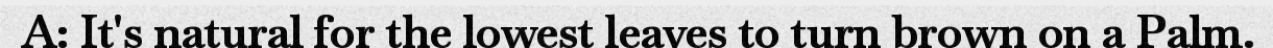
A: It's natural for the lowest leaves to turn brown on a Palm.